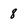
Character: 8